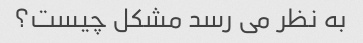
به نظر می رسد مشکل چیست؟